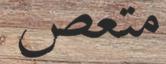
متعص